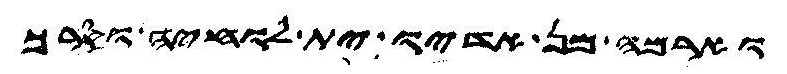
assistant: וארמה מן אדיו ית לוחיה וסרך